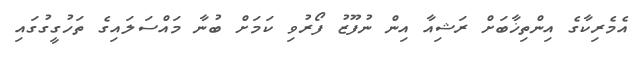
އެމެރިކާގެ އިންތިޚާބަށް ރަޝިއާ އިން ނުފޫޒު ފޯރުވި ކަމަށް ބުނާ މައްސަލައިގެ ތަހުގީގުގައި